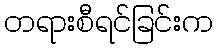
တရားစီရင်ခြင်းက